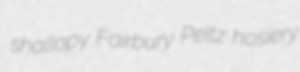
shallopy Fairbury Peltz hosiery